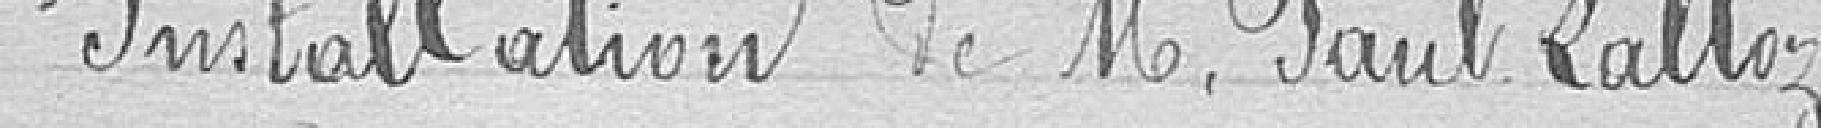
Installation de Monsieur Paul LALLOZ